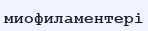
миофиламентері